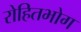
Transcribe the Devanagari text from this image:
रोहितभोग